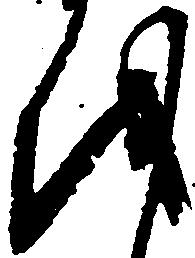
を